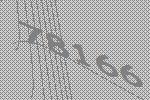
78166